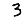
Digit: 3